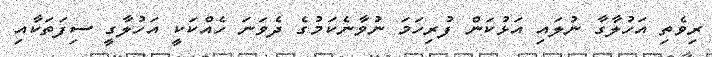
ރިވެތި އަހުލާގާ ނުލައި އަޅުކަން ފުރިހަމަ ނުވާނެކަމުގެ ދެވަނަ ހެއްކަކީ އަހުލާގީ ސިފަތަކާއި